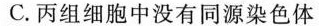
C.丙组细胞中没有同源染色体